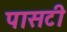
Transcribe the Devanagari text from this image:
पासटी